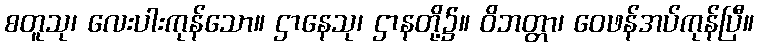
စတူသု၊ လေးပါးကုန်သော။ ဌာနေသု၊ ဌာနတို့၌။ ဝိဘတ္တာ၊ ဝေဖန်အပ်ကုန်ပြီ။